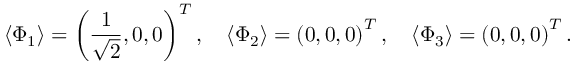
\langle \Phi _ { 1 } \rangle = \left( \frac { 1 } { \sqrt { 2 } } , 0 , 0 \right) ^ { T } , \quad \langle \Phi _ { 2 } \rangle = \left( 0 , 0 , 0 \right) ^ { T } , \quad \langle \Phi _ { 3 } \rangle = \left( 0 , 0 , 0 \right) ^ { T } .